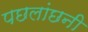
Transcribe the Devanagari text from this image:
पछलांछनी